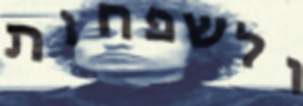
ולשפחות